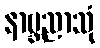
နာဗ္ဘညာသုံ